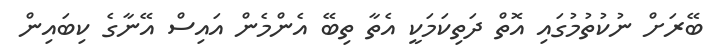
ބޭރަށް ނުކުތުމުގައި އޮތް ދަތިކަމަކީ އެތާ ތިބޭ އެންމެން އައިސް އޭނާގެ ކިބައިން